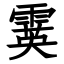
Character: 霙